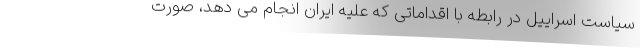
سیاست اسراییل در رابطه با اقداماتی که علیه ایران انجام می دهد، صورت